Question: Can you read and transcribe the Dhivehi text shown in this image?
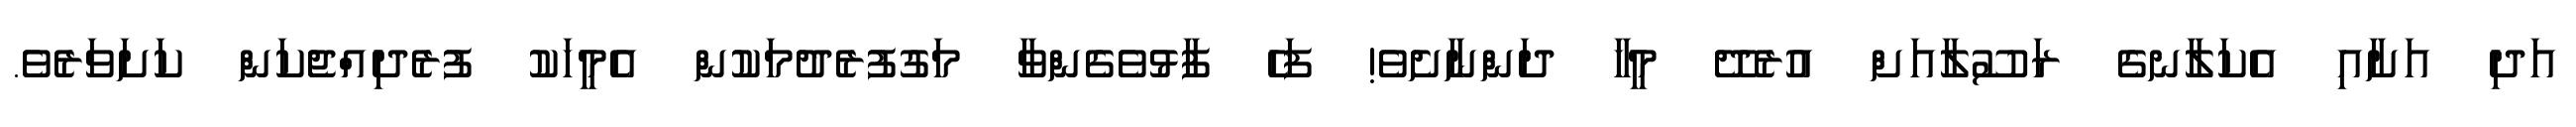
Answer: އަދި އަށާއި އެކަލާނގެ ރަސޫލާއަށް އުރެދޭ މީހާ ދަންނާށެވެ! ފަހެ ފާޅުވެގެންވާ މަގުފުރެދުމަކުން އެމީހަކު ފުރެދިއްޖެކަން ކަށަވަރެވެ.